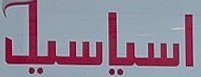
اسیاسیل